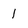
Character: 1